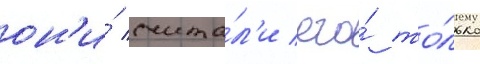
он'и́ счита́л'и его́ то́лько